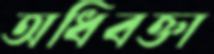
অধিবক্তা